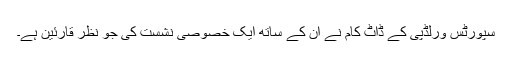
سپورٹس ورلڈپی کے ڈاٹ کام نے ان کے ساتھ ایک خصوصی نشست کی جو نظر قارئین ہے۔